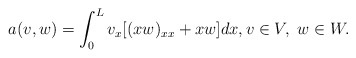
\begin{align*}a(v,w) = \int_0^L v_x [(xw)_{xx} + xw ] dx, v\in V, \ w\in W.\end{align*}